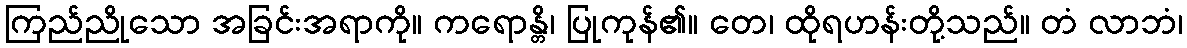
ကြည်ညိုသော အခြင်းအရာကို။ ကရောန္တိ၊ ပြုကုန်၏။ တေ၊ ထိုရဟန်းတို့သည်။ တံ လာဘံ၊